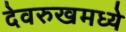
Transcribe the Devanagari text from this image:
देवरुखमध्ये